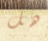
هل